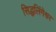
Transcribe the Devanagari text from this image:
सिद्धलिंगेश्वर